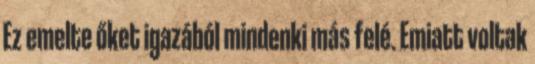
Ez emelte őket igazából mindenki más felé. Emiatt voltak